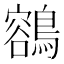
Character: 𪃾